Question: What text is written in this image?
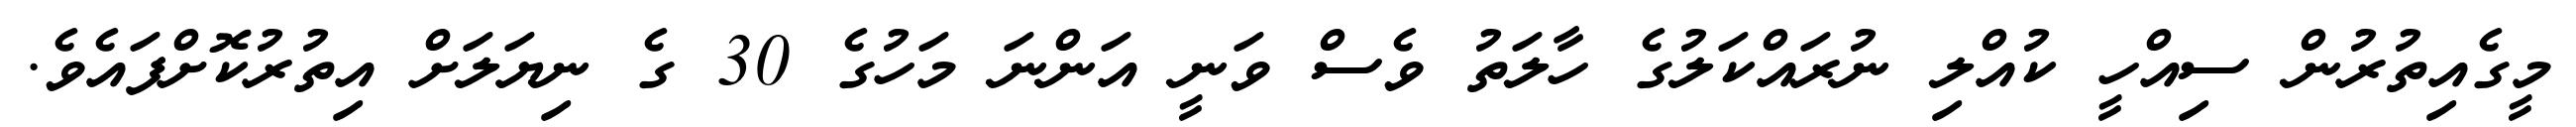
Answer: މީގެއިތުރުން ސިއްހީ ކުއްލި ނުރައްކަލުގެ ހާލަތު ވެސް ވަނީ އަންނަ މަހުގެ 30 ގެ ނިޔަލަށް އިތުރުކޮށްފައެވެ.